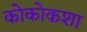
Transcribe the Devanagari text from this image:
कोकोकशा